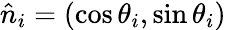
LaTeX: \hat{n}_{i}=(\cos\theta_{i},\sin\theta_{i})